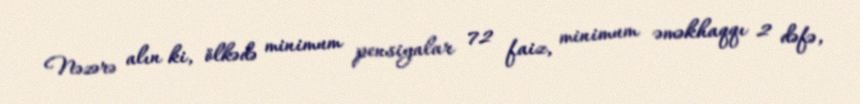
Nəzərə alın ki, ölkədə minimum pensiyalar 72 faiz, minimum əməkhaqqı 2 dəfə,